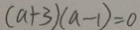
( a + 3 ) ( a - 1 ) = 0